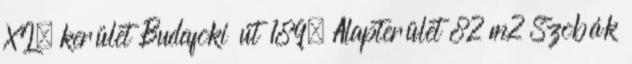
XI. kerület Budafoki út 189. Alapterület 82 m2 Szobák